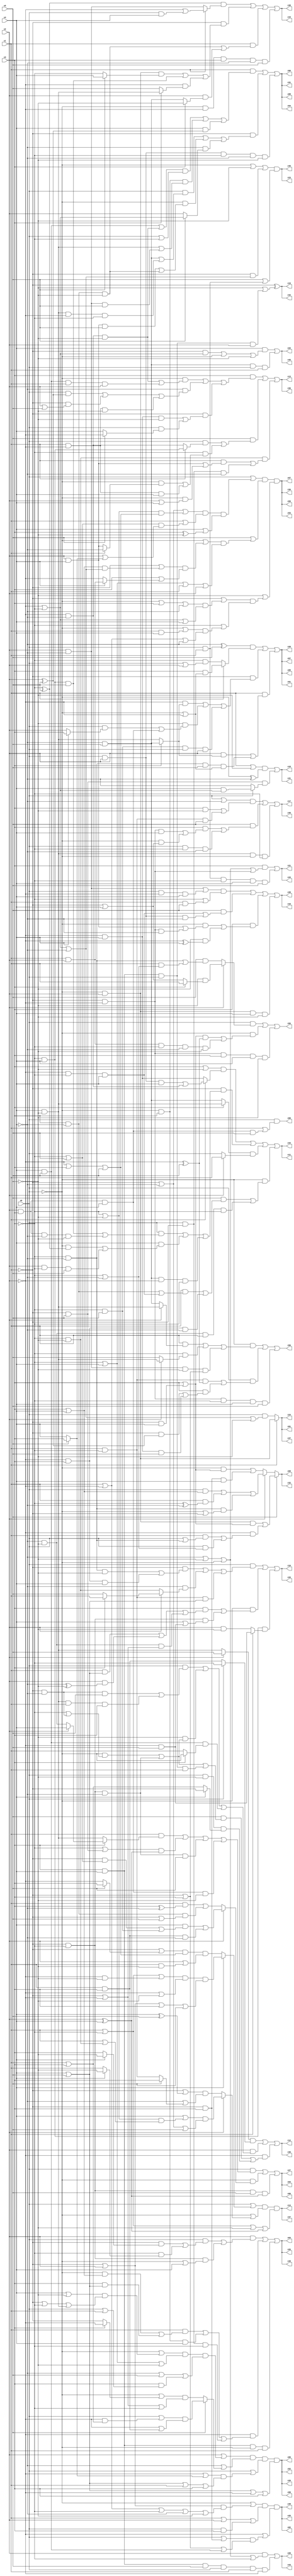
// Benchmark "q_9" written by ABC on Sat Feb 25 04:17:39 2023

module q_9 ( 
    x0, x1, x2, x3, x4, x5,
    z00, z01, z02, z03, z04, z05, z06, z07, z08, z09, z10, z11, z12, z13,
    z14, z15, z16, z17, z18, z19, z20, z21, z22, z23, z24, z25, z26, z27,
    z28, z29, z30, z31, z32, z33, z34, z35, z36, z37, z38, z39, z40, z41,
    z42, z43, z44, z45, z46, z47, z48, z49, z50, z51, z52, z53, z54, z55,
    z56, z57, z58, z59, z60  );
  input  x0, x1, x2, x3, x4, x5;
  output z00, z01, z02, z03, z04, z05, z06, z07, z08, z09, z10, z11, z12, z13,
    z14, z15, z16, z17, z18, z19, z20, z21, z22, z23, z24, z25, z26, z27,
    z28, z29, z30, z31, z32, z33, z34, z35, z36, z37, z38, z39, z40, z41,
    z42, z43, z44, z45, z46, z47, z48, z49, z50, z51, z52, z53, z54, z55,
    z56, z57, z58, z59, z60;
  assign z00 = x0 & (x1 | (x2 & x3 & x4 & x5));
  assign z01 = x1 ? (~x0 & x2) : (x0 & (~x2 | ~x3 | ~x4 | ~x5));
  assign z02 = (~x0 | ((~x1 | x2) & (x1 | ~x2 | ~x3 | ~x4 | ~x5))) & (x1 | x2 | (x0 & x3)) & (~x2 | ((x0 | (~x1 & x3)) & (~x1 | x3 | (x4 & x5))));
  assign z03 = (x2 & ((x0 & ((~x1 & (x4 ? ~x5 : x3)) | (~x3 & (x4 ? ~x5 : x1)))) | (~x1 & ~x3 & (~x0 | x4)))) | (~x2 & ((x1 & ((~x0 & (x3 | x4)) | (x3 & (x4 | x5)))) | (~x0 & x3 & x4) | (x0 & ~x1 & ~x3))) | (x3 & x4 & ~x0 & x1);
  assign z04 = (x0 & ((x1 & (x3 ? (x2 ? x4 : (~x4 & ~x5)) : (x4 & ~x5))) | ((~x3 | (~x1 & x5)) & (x2 ^ x4)) | (~x1 & ~x3 & ~x4 & x5) | (x2 & x3 & x4 & ~x5))) | (~x0 & (x2 ? ((x4 & ((~x1 & (~x3 | x5)) | (~x3 & x5))) | (x1 & x3 & ~x4)) : ((x1 & (x3 ^ ~x4)) | (x3 & ~x4 & (~x1 | x5))))) | (~x1 & ~x3 & x5 & (x2 ^ x4));
  assign z05 = ((~x4 ^ x5) & (x1 ? (x3 & (~x0 | ~x2)) : (~x3 & (x0 | x2)))) | (~x1 & ((~x2 & (x3 ? (~x4 & x5) : (x4 & ~x5))) | (~x5 & ((x0 & (x4 ? x3 : x2)) | (x2 & x3 & x4))) | (~x3 & x5 & x0 & x2))) | (x1 & ((x2 & (x3 ? (~x4 & x5) : (x4 & ~x5))) | (~x3 & ~x4 & x5 & (~x0 | ~x2))));
  assign z06 = (x2 | ((~x0 | ((x4 | ~x5) & (~x1 | ~x3 | (x4 & ~x5)))) & (~x3 | x4 | ~x5) & (~x4 | x5 | (x3 & (x0 | x1))))) & (~x4 | (x5 ? ((x0 | (~x2 & (x1 | x3))) & (~x2 | (x1 & x3))) : ((~x0 | (x3 ? ~x2 : ~x1)) & (~x1 | ~x2 | ~x3)))) & (x0 | ((~x2 | (x5 ? x3 : x4)) & (x4 | x5 | x1 | x3))) & (x4 | x5 | ~x2 | x3);
  assign z07 = (x0 | ((~x1 | ~x4 | ((~x3 | ~x5) & (~x2 | x3 | x5))) & (x1 | ((~x3 | x5) & (x2 | (x5 ? x3 : x4)))) & (x4 | (x3 ^ ~x5)))) & (x5 | ((~x0 | ((~x1 | ((x3 | x4) & (~x2 | ~x3 | ~x4))) & (x3 | (x4 ? (x1 & x2) : ~x2)))) & (~x3 | x4 | x1 | x2))) & (~x5 | ((~x1 | ((~x0 | x3 | ~x4) & (~x2 | ~x3 | x4))) & (~x3 | ((~x0 | (x1 & x4)) & (x1 | ~x2 | ~x4)))));
  assign z08 = (x1 & ((((x4 & x5) | (~x2 & ~x4 & ~x5)) & (x0 | ~x3)) | (~x0 & x3 & ((x4 & ~x5) | (x2 & ~x4 & x5))) | (x4 & (x2 ^ x5)))) | (~x1 & ((x0 & ((~x4 & x5) | (x4 & ~x5 & ~x2 & ~x3))) | (~x0 & ((x2 & x4 & x5) | (x3 & ~x4 & ~x5))) | (~x4 & (x5 ? (~x2 | ~x3) : x2)))) | (x0 & x2 & ~x3 & ~x4 & ~x5);
  assign z09 = x5 ? ((~x0 & x2 & (x3 | (~x1 & x4))) | (~x2 & ((x1 & (x0 | (~x3 & ~x4))) | (x0 & (~x3 | ~x4))))) : (x2 ? ((x0 & (x3 | x4)) | (x1 & (~x3 ^ ~x4)) | (~x3 & ~x4 & (~x0 | ~x1))) : ((~x0 & (x3 | (~x1 & x4))) | (~x1 & x3 & x4)));
  assign z10 = (x0 & ((~x1 & ((~x3 & ~x4 & ~x5) | (~x2 & x3 & x4))) | (~x4 & (x2 ? (x3 ? x1 : x5) : (~x3 & ~x5))) | (x1 & ~x3 & (x4 | x5)))) | (~x0 & ((x3 & ((x1 & (x4 | x5)) | (x2 & (~x4 ^ ~x5)) | (~x4 & ~x5 & (~x1 | ~x2)))) | (~x1 & ~x3 & (x4 | (~x2 & x5))))) | (~x3 & x4 & (x1 ? (~x2 & x5) : (x2 & ~x5)));
  assign z11 = ((x3 | ~x5) & (x1 ? ((x0 & x2 & x4) | (~x2 & ~x4)) : (~x2 & x4))) | (~x1 & ((x0 & ((~x3 & x4 & x5) | (x2 & x3 & ~x4 & ~x5))) | (x4 & ((~x0 & (~x3 ^ x5)) | (x2 & ~x3 & x5))) | (~x4 & x5 & ~x2 & ~x3))) | ((x3 ? (x4 & ~x5) : (~x4 & x5)) & (x2 ? x1 : x0)) | (~x0 & ((x5 & ((x1 & ((x3 & ~x4) | (~x2 & ~x3 & x4))) | (~x2 & x3 & ~x4))) | (~x4 & ~x5 & x1 & ~x3)));
  assign z12 = ((x2 ? x5 : (x4 & ~x5)) & (x0 ? ~x3 : (x1 & x3))) | (x2 & ((x0 & ((~x1 & ~x4 & x5) | (x4 & ~x5 & x1 & x3))) | (~x5 & ((~x0 & (~x3 | (~x1 & ~x4))) | (~x1 & ~x3 & ~x4))) | (x4 & x5 & (x3 ? ~x0 : x1)))) | (~x2 & ((x5 & ((~x0 & (~x3 | (~x1 & ~x4))) | (~x1 & ~x3 & ~x4) | (x3 & x4 & x0 & x1))) | (x0 & ~x5 & (x4 ? ~x1 : (x1 | x3)))));
  assign z13 = (x3 & ((~x0 & ((~x2 & ~x4 & ~x5) | (x4 & x5 & x1 & x2))) | (~x4 & ((x0 & (x2 ^ x5)) | (~x1 & (x2 | x5)) | (x1 & ~x2 & ~x5))) | (~x1 & ((~x2 & x4 & ~x5) | (x0 & (x5 ? ~x2 : x4)))))) | (x5 & ((x0 & (x1 ? (~x3 & x4) : (~x2 & ~x4))) | (~x3 & ((~x0 & (x1 ? ~x4 : (x2 & x4))) | (x1 & ~x2 & x4))))) | (~x3 & ~x5 & ((x1 & ((x2 & x4) | (~x0 & (x2 | x4)))) | (x0 & ~x1 & ~x4)));
  assign z14 = (x0 | (x4 ? ((x1 | ~x3 | (~x2 & ~x5)) & (~x2 | ~x5) & (~x1 | x2 | x3 | x5)) : ((~x1 | (x5 ? x3 : ~x2)) & (~x2 | x3 | x5) & (x2 | (x1 & ~x5))))) & (~x0 | (x2 ? ((x4 | ((~x3 | ~x5) & (x1 | (~x3 & ~x5)))) & (~x1 | ~x4 | x5)) : ((~x1 | (x4 ^ x5)) & (~x4 | (x5 ? x3 : (x1 & ~x3)))))) & (x1 | ~x3 | ~x5 | (x2 ^ x4));
  assign z15 = ((~x3 ^ x5) & (x1 ? (~x2 | (x0 & x4)) : (x2 & ~x4))) | (~x1 & ((~x0 & x2 & (x5 ? x4 : ~x3)) | (~x3 & x4 & x5) | (~x2 & (x3 ? (x4 & ~x5) : x5)))) | (x1 & ((x3 & ~x4 & ~x5) | (x2 & (x3 ? ~x5 : (~x4 & x5))))) | (~x0 & ~x2 & x3 & ~x4 & x5);
  assign z16 = (((x2 & ~x4) | (x0 & ~x2 & x4)) & (~x3 | (x1 & x5))) | (x5 & ((~x2 & ~x3 & x4) | (x0 & x2 & ~x4))) | (x3 & ((~x0 & ((x2 & x4) | (~x1 & ~x2 & ~x4))) | (~x5 & (~x2 ^ x4)))) | (~x0 & x2 & x4 & ~x5);
  assign z17 = ((x0 | ~x4) & ((x3 & ~x5) | (x1 & ~x3 & x5))) | (x5 & ((x3 & ((~x1 & ~x2 & x4) | (~x0 & (~x1 | x4)))) | (x0 & ~x3 & ~x4))) | (x4 & ~x5 & ~x0 & ~x3);
  assign z18 = ((x1 | ~x5) & (~x0 ^ ~x4)) | (~x1 & x5 & (x0 ? (x4 & (~x2 | ~x3)) : ~x4));
  assign z19 = ~x1 ^ (~x5 | (x3 & x4 & x0 & x2));
  assign z20 = (x2 & (~x4 | ~x5 | ~x0 | ~x3)) | (x3 & x4 & x5 & x0 & x1 & ~x2);
  assign z21 = (x3 & (~x4 | ~x5 | ~x0 | (~x1 & ~x2))) | (x0 & x1 & ~x3 & x4 & x5);
  assign z22 = (x4 & ((~x1 & (~x2 | ~x3)) | ~x0 | ~x5)) | (~x4 & x5 & x0 & x1);
  assign z23 = (~x0 | ~x5 | (~x1 & (~x2 | ~x3 | ~x4))) & (x5 | (x0 & x1));
  assign z55 = (x0 & (x2 ? (~x5 & (x3 ? x1 : (~x1 | x4))) : (x5 & ((~x3 & ~x4) | (x1 & (~x3 | ~x4)))))) | (~x0 & (((x3 | (~x1 & x4)) & (~x2 ^ x5)) | (x1 & x2 & ~x3 & ~x4 & ~x5))) | (~x1 & ~x2 & x3 & x4 & ~x5);
  assign z56 = (~x0 & ((x1 & (x2 ? (x4 & ~x5) : (~x4 & x5))) | (~x3 & (x2 ? (x4 & ~x5) : x5)) | (x2 & ~x4 & ~x5 & (~x1 | x3)))) | (x0 & ((x1 & ~x3 & (~x2 ^ x5)) | (x3 & ((~x1 & (x2 ^ x5)) | (~x2 & x4 & x5))))) | (~x1 & ~x2 & ~x3 & x4 & x5);
  assign z24 = x1 ? (~x0 & x2) : (x0 & (~x2 | ~x3 | ~x4 | ~x5));
  assign z25 = (~x0 | ((~x1 | x2) & (x1 | ~x2 | ~x3 | ~x4 | ~x5))) & (x1 | x2 | (x0 & x3)) & (~x2 | ((x0 | (~x1 & x3)) & (~x1 | x3 | (x4 & x5))));
  assign z26 = (x2 & ((x0 & ((~x1 & (x4 ? ~x5 : x3)) | (~x3 & (x4 ? ~x5 : x1)))) | (~x1 & ~x3 & (~x0 | x4)))) | (~x2 & ((x1 & ((~x0 & (x3 | x4)) | (x3 & (x4 | x5)))) | (~x0 & x3 & x4) | (x0 & ~x1 & ~x3))) | (x3 & x4 & ~x0 & x1);
  assign z27 = (x0 & ((x1 & (x3 ? (x2 ? x4 : (~x4 & ~x5)) : (x4 & ~x5))) | ((~x3 | (~x1 & x5)) & (x2 ^ x4)) | (~x1 & ~x3 & ~x4 & x5) | (x2 & x3 & x4 & ~x5))) | (~x0 & (x2 ? ((x4 & ((~x1 & (~x3 | x5)) | (~x3 & x5))) | (x1 & x3 & ~x4)) : ((x1 & (x3 ^ ~x4)) | (x3 & ~x4 & (~x1 | x5))))) | (~x1 & ~x3 & x5 & (x2 ^ x4));
  assign z28 = ((~x4 ^ x5) & (x1 ? (x3 & (~x0 | ~x2)) : (~x3 & (x0 | x2)))) | (~x1 & ((~x2 & (x3 ? (~x4 & x5) : (x4 & ~x5))) | (~x5 & ((x0 & (x4 ? x3 : x2)) | (x2 & x3 & x4))) | (~x3 & x5 & x0 & x2))) | (x1 & ((x2 & (x3 ? (~x4 & x5) : (x4 & ~x5))) | (~x3 & ~x4 & x5 & (~x0 | ~x2))));
  assign z29 = (x2 | ((~x0 | ((x4 | ~x5) & (~x1 | ~x3 | (x4 & ~x5)))) & (~x3 | x4 | ~x5) & (~x4 | x5 | (x3 & (x0 | x1))))) & (~x4 | (x5 ? ((x0 | (~x2 & (x1 | x3))) & (~x2 | (x1 & x3))) : ((~x0 | (x3 ? ~x2 : ~x1)) & (~x1 | ~x2 | ~x3)))) & (x0 | ((~x2 | (x5 ? x3 : x4)) & (x4 | x5 | x1 | x3))) & (x4 | x5 | ~x2 | x3);
  assign z30 = (x0 | ((~x1 | ~x4 | ((~x3 | ~x5) & (~x2 | x3 | x5))) & (x1 | ((~x3 | x5) & (x2 | (x5 ? x3 : x4)))) & (x4 | (x3 ^ ~x5)))) & (x5 | ((~x0 | ((~x1 | ((x3 | x4) & (~x2 | ~x3 | ~x4))) & (x3 | (x4 ? (x1 & x2) : ~x2)))) & (~x3 | x4 | x1 | x2))) & (~x5 | ((~x1 | ((~x0 | x3 | ~x4) & (~x2 | ~x3 | x4))) & (~x3 | ((~x0 | (x1 & x4)) & (x1 | ~x2 | ~x4)))));
  assign z31 = (x1 & ((((x4 & x5) | (~x2 & ~x4 & ~x5)) & (x0 | ~x3)) | (~x0 & x3 & ((x4 & ~x5) | (x2 & ~x4 & x5))) | (x4 & (x2 ^ x5)))) | (~x1 & ((x0 & ((~x4 & x5) | (x4 & ~x5 & ~x2 & ~x3))) | (~x0 & ((x2 & x4 & x5) | (x3 & ~x4 & ~x5))) | (~x4 & (x5 ? (~x2 | ~x3) : x2)))) | (x0 & x2 & ~x3 & ~x4 & ~x5);
  assign z32 = x5 ? ((~x0 & x2 & (x3 | (~x1 & x4))) | (~x2 & ((x1 & (x0 | (~x3 & ~x4))) | (x0 & (~x3 | ~x4))))) : (x2 ? ((x0 & (x3 | x4)) | (x1 & (~x3 ^ ~x4)) | (~x3 & ~x4 & (~x0 | ~x1))) : ((~x0 & (x3 | (~x1 & x4))) | (~x1 & x3 & x4)));
  assign z33 = (x0 & ((~x1 & ((~x3 & ~x4 & ~x5) | (~x2 & x3 & x4))) | (~x4 & (x2 ? (x3 ? x1 : x5) : (~x3 & ~x5))) | (x1 & ~x3 & (x4 | x5)))) | (~x0 & ((x3 & ((x1 & (x4 | x5)) | (x2 & (~x4 ^ ~x5)) | (~x4 & ~x5 & (~x1 | ~x2)))) | (~x1 & ~x3 & (x4 | (~x2 & x5))))) | (~x3 & x4 & (x1 ? (~x2 & x5) : (x2 & ~x5)));
  assign z34 = ((x3 | ~x5) & (x1 ? ((x0 & x2 & x4) | (~x2 & ~x4)) : (~x2 & x4))) | (~x1 & ((x0 & ((~x3 & x4 & x5) | (x2 & x3 & ~x4 & ~x5))) | (x4 & ((~x0 & (~x3 ^ x5)) | (x2 & ~x3 & x5))) | (~x4 & x5 & ~x2 & ~x3))) | ((x3 ? (x4 & ~x5) : (~x4 & x5)) & (x2 ? x1 : x0)) | (~x0 & ((x5 & ((x1 & ((x3 & ~x4) | (~x2 & ~x3 & x4))) | (~x2 & x3 & ~x4))) | (~x4 & ~x5 & x1 & ~x3)));
  assign z35 = ((x2 ? x5 : (x4 & ~x5)) & (x0 ? ~x3 : (x1 & x3))) | (x2 & ((x0 & ((~x1 & ~x4 & x5) | (x4 & ~x5 & x1 & x3))) | (~x5 & ((~x0 & (~x3 | (~x1 & ~x4))) | (~x1 & ~x3 & ~x4))) | (x4 & x5 & (x3 ? ~x0 : x1)))) | (~x2 & ((x5 & ((~x0 & (~x3 | (~x1 & ~x4))) | (~x1 & ~x3 & ~x4) | (x3 & x4 & x0 & x1))) | (x0 & ~x5 & (x4 ? ~x1 : (x1 | x3)))));
  assign z36 = (x3 & ((~x0 & ((~x2 & ~x4 & ~x5) | (x4 & x5 & x1 & x2))) | (~x4 & ((x0 & (x2 ^ x5)) | (~x1 & (x2 | x5)) | (x1 & ~x2 & ~x5))) | (~x1 & ((~x2 & x4 & ~x5) | (x0 & (x5 ? ~x2 : x4)))))) | (x5 & ((x0 & (x1 ? (~x3 & x4) : (~x2 & ~x4))) | (~x3 & ((~x0 & (x1 ? ~x4 : (x2 & x4))) | (x1 & ~x2 & x4))))) | (~x3 & ~x5 & ((x1 & ((x2 & x4) | (~x0 & (x2 | x4)))) | (x0 & ~x1 & ~x4)));
  assign z37 = (x0 | (x4 ? ((x1 | ~x3 | (~x2 & ~x5)) & (~x2 | ~x5) & (~x1 | x2 | x3 | x5)) : ((~x1 | (x5 ? x3 : ~x2)) & (~x2 | x3 | x5) & (x2 | (x1 & ~x5))))) & (~x0 | (x2 ? ((x4 | ((~x3 | ~x5) & (x1 | (~x3 & ~x5)))) & (~x1 | ~x4 | x5)) : ((~x1 | (x4 ^ x5)) & (~x4 | (x5 ? x3 : (x1 & ~x3)))))) & (x1 | ~x3 | ~x5 | (x2 ^ x4));
  assign z38 = ((~x3 ^ x5) & (x1 ? (~x2 | (x0 & x4)) : (x2 & ~x4))) | (~x1 & ((~x0 & x2 & (x5 ? x4 : ~x3)) | (~x3 & x4 & x5) | (~x2 & (x3 ? (x4 & ~x5) : x5)))) | (x1 & ((x3 & ~x4 & ~x5) | (x2 & (x3 ? ~x5 : (~x4 & x5))))) | (~x0 & ~x2 & x3 & ~x4 & x5);
  assign z39 = (((x2 & ~x4) | (x0 & ~x2 & x4)) & (~x3 | (x1 & x5))) | (x5 & ((~x2 & ~x3 & x4) | (x0 & x2 & ~x4))) | (x3 & ((~x0 & ((x2 & x4) | (~x1 & ~x2 & ~x4))) | (~x5 & (~x2 ^ x4)))) | (~x0 & x2 & x4 & ~x5);
  assign z40 = ((x0 | ~x4) & ((x3 & ~x5) | (x1 & ~x3 & x5))) | (x5 & ((x3 & ((~x1 & ~x2 & x4) | (~x0 & (~x1 | x4)))) | (x0 & ~x3 & ~x4))) | (x4 & ~x5 & ~x0 & ~x3);
  assign z41 = ((x1 | ~x5) & (~x0 ^ ~x4)) | (~x1 & x5 & (x0 ? (x4 & (~x2 | ~x3)) : ~x4));
  assign z42 = ~x1 ^ (~x5 | (x3 & x4 & x0 & x2));
  assign z43 = (x2 & (~x4 | ~x5 | ~x0 | ~x3)) | (x3 & x4 & x5 & x0 & x1 & ~x2);
  assign z44 = (x3 & (~x4 | ~x5 | ~x0 | (~x1 & ~x2))) | (x0 & x1 & ~x3 & x4 & x5);
  assign z45 = (x4 & ((~x1 & (~x2 | ~x3)) | ~x0 | ~x5)) | (~x4 & x5 & x0 & x1);
  assign z46 = (~x0 | ~x5 | (~x1 & (~x2 | ~x3 | ~x4))) & (x5 | (x0 & x1));
  assign z47 = x1 ? (~x0 & x2) : (x0 & (~x2 | ~x3 | ~x4 | ~x5));
  assign z48 = (~x0 | ((~x1 | x2) & (x1 | ~x2 | ~x3 | ~x4 | ~x5))) & (x1 | x2 | (x0 & x3)) & (~x2 | ((x0 | (~x1 & x3)) & (~x1 | x3 | (x4 & x5))));
  assign z49 = (x2 & ((x0 & ((~x1 & (x4 ? ~x5 : x3)) | (~x3 & (x4 ? ~x5 : x1)))) | (~x1 & ~x3 & (~x0 | x4)))) | (~x2 & ((x1 & ((~x0 & (x3 | x4)) | (x3 & (x4 | x5)))) | (~x0 & x3 & x4) | (x0 & ~x1 & ~x3))) | (x3 & x4 & ~x0 & x1);
  assign z50 = (x0 & ((x1 & (x3 ? (x2 ? x4 : (~x4 & ~x5)) : (x4 & ~x5))) | ((~x3 | (~x1 & x5)) & (x2 ^ x4)) | (~x1 & ~x3 & ~x4 & x5) | (x2 & x3 & x4 & ~x5))) | (~x0 & (x2 ? ((x4 & ((~x1 & (~x3 | x5)) | (~x3 & x5))) | (x1 & x3 & ~x4)) : ((x1 & (x3 ^ ~x4)) | (x3 & ~x4 & (~x1 | x5))))) | (~x1 & ~x3 & x5 & (x2 ^ x4));
  assign z51 = ((~x4 ^ x5) & (x1 ? (x3 & (~x0 | ~x2)) : (~x3 & (x0 | x2)))) | (~x1 & ((~x2 & (x3 ? (~x4 & x5) : (x4 & ~x5))) | (~x5 & ((x0 & (x4 ? x3 : x2)) | (x2 & x3 & x4))) | (~x3 & x5 & x0 & x2))) | (x1 & ((x2 & (x3 ? (~x4 & x5) : (x4 & ~x5))) | (~x3 & ~x4 & x5 & (~x0 | ~x2))));
  assign z52 = (x2 | ((~x0 | ((x4 | ~x5) & (~x1 | ~x3 | (x4 & ~x5)))) & (~x3 | x4 | ~x5) & (~x4 | x5 | (x3 & (x0 | x1))))) & (~x4 | (x5 ? ((x0 | (~x2 & (x1 | x3))) & (~x2 | (x1 & x3))) : ((~x0 | (x3 ? ~x2 : ~x1)) & (~x1 | ~x2 | ~x3)))) & (x0 | ((~x2 | (x5 ? x3 : x4)) & (x4 | x5 | x1 | x3))) & (x4 | x5 | ~x2 | x3);
  assign z53 = (x0 | ((~x1 | ~x4 | ((~x3 | ~x5) & (~x2 | x3 | x5))) & (x1 | ((~x3 | x5) & (x2 | (x5 ? x3 : x4)))) & (x4 | (x3 ^ ~x5)))) & (x5 | ((~x0 | ((~x1 | ((x3 | x4) & (~x2 | ~x3 | ~x4))) & (x3 | (x4 ? (x1 & x2) : ~x2)))) & (~x3 | x4 | x1 | x2))) & (~x5 | ((~x1 | ((~x0 | x3 | ~x4) & (~x2 | ~x3 | x4))) & (~x3 | ((~x0 | (x1 & x4)) & (x1 | ~x2 | ~x4)))));
  assign z54 = (x1 & ((((x4 & x5) | (~x2 & ~x4 & ~x5)) & (x0 | ~x3)) | (~x0 & x3 & ((x4 & ~x5) | (x2 & ~x4 & x5))) | (x4 & (x2 ^ x5)))) | (~x1 & ((x0 & ((~x4 & x5) | (x4 & ~x5 & ~x2 & ~x3))) | (~x0 & ((x2 & x4 & x5) | (x3 & ~x4 & ~x5))) | (~x4 & (x5 ? (~x2 | ~x3) : x2)))) | (x0 & x2 & ~x3 & ~x4 & ~x5);
  assign z57 = ((~x4 ^ x5) & (x1 ? (x3 & (~x0 | ~x2)) : (~x3 & (x0 | x2)))) | (~x1 & ((~x2 & (x3 ? (~x4 & x5) : (x4 & ~x5))) | (~x5 & ((x0 & (x4 ? x3 : x2)) | (x2 & x3 & x4))) | (~x3 & x5 & x0 & x2))) | (x1 & ((x2 & (x3 ? (~x4 & x5) : (x4 & ~x5))) | (~x3 & ~x4 & x5 & (~x0 | ~x2))));
  assign z58 = (x2 | ((~x0 | ((x4 | ~x5) & (~x1 | ~x3 | (x4 & ~x5)))) & (~x3 | x4 | ~x5) & (~x4 | x5 | (x3 & (x0 | x1))))) & (~x4 | (x5 ? ((x0 | (~x2 & (x1 | x3))) & (~x2 | (x1 & x3))) : ((~x0 | (x3 ? ~x2 : ~x1)) & (~x1 | ~x2 | ~x3)))) & (x0 | ((~x2 | (x5 ? x3 : x4)) & (x4 | x5 | x1 | x3))) & (x4 | x5 | ~x2 | x3);
  assign z59 = (x0 | ((~x1 | ~x4 | ((~x3 | ~x5) & (~x2 | x3 | x5))) & (x1 | ((~x3 | x5) & (x2 | (x5 ? x3 : x4)))) & (x4 | (x3 ^ ~x5)))) & (x5 | ((~x0 | ((~x1 | ((x3 | x4) & (~x2 | ~x3 | ~x4))) & (x3 | (x4 ? (x1 & x2) : ~x2)))) & (~x3 | x4 | x1 | x2))) & (~x5 | ((~x1 | ((~x0 | x3 | ~x4) & (~x2 | ~x3 | x4))) & (~x3 | ((~x0 | (x1 & x4)) & (x1 | ~x2 | ~x4)))));
  assign z60 = (x1 & ((((x4 & x5) | (~x2 & ~x4 & ~x5)) & (x0 | ~x3)) | (~x0 & x3 & ((x4 & ~x5) | (x2 & ~x4 & x5))) | (x4 & (x2 ^ x5)))) | (~x1 & ((x0 & ((~x4 & x5) | (x4 & ~x5 & ~x2 & ~x3))) | (~x0 & ((x2 & x4 & x5) | (x3 & ~x4 & ~x5))) | (~x4 & (x5 ? (~x2 | ~x3) : x2)))) | (x0 & x2 & ~x3 & ~x4 & ~x5);
endmodule